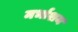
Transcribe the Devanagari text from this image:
मर्भाशय